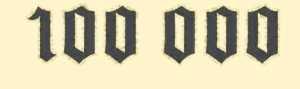
100 000